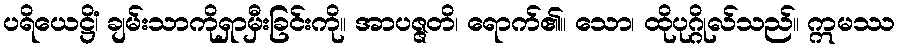
ပရိယေဋ္ဌိံ၊ ချမ်းသာကိုရှာမှီးခြင်းကို။ အာပဇ္ဇတိ၊ ရောက်၏။ သော၊ ထိုပုဂ္ဂိုလ်သည်။ ဣမဿ